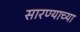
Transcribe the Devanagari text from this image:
सारण्याच्या